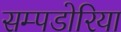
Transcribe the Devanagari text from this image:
सम्पडोरिया